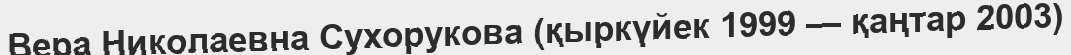
Вера Николаевна Сухорукова (қыркүйек 1999 — қаңтар 2003)